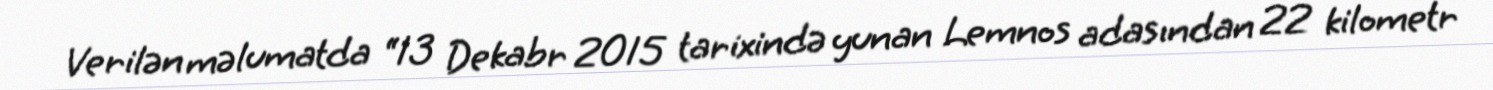
Verilən məlumatda “13 Dekabr 2015 tarixində yunan Lemnos adasından 22 kilometr